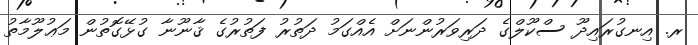
ރ. އިނގުރައިދޫ ސްކޫލްގެ ދަރިވަރުންނަށް އެއްގަމު ދަތުރު ފަތުރުގެ ޤާނޫނާ ގުޅޭގޮތުން މަޢުލޫމާތު